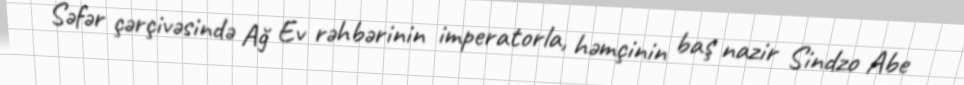
Səfər çərçivəsində Ağ Ev rəhbərinin imperatorla, həmçinin baş nazir Sindzo Abe